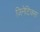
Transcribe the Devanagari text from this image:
जिनेटिक्स